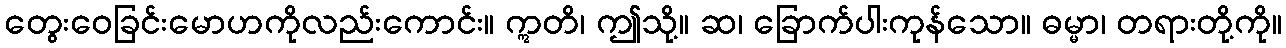
တွေးဝေခြင်းမောဟကိုလည်းကောင်း။ ဣတိ၊ ဤသို့။ ဆ၊ ခြောက်ပါးကုန်သော။ ဓမ္မာ၊ တရားတို့ကို။